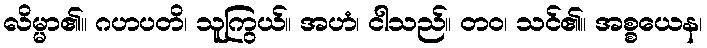
လိမ္မာ၏။ ဂဟပတိ၊ သူကြွယ်။ အဟံ၊ ငါသည်။ တဝ၊ သင်၏။ အစ္စယေန၊